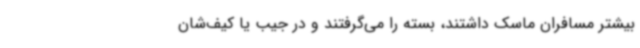
بیشتر مسافران ماسک داشتند، بسته را می‌گرفتند و در جیب یا کیف‌شان